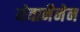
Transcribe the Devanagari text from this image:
नेवानैनेन